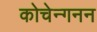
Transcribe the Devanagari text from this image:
कोचेन्गनन